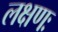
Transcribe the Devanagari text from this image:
लक्षणः